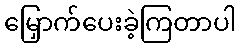
မြှောက်ပေးခဲ့ကြတာပါ